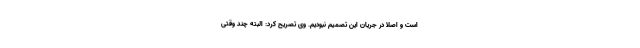
است و اصلا در جریان این تصمیم نبودیم‌. وی تصریح کرد: البته چند وقتی